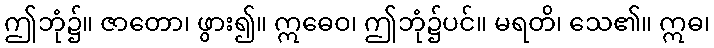
ဤဘုံ၌။ ဇာတော၊ ဖွား၍။ ဣဓေဝ၊ ဤဘုံ၌ပင်။ မရတိ၊ သေ၏။ ဣဓ၊